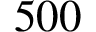
5 0 0